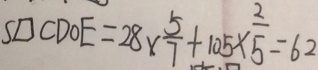
S \square C D O E = 2 8 \times \frac { 5 } { 7 } + 1 0 5 \times \frac { 2 } { 5 } = 6 2